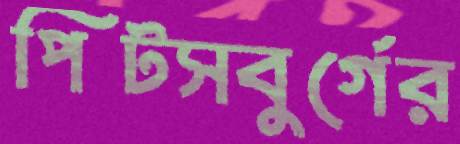
পিটসবুর্গের